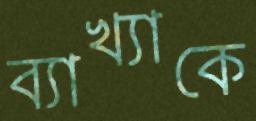
ব্যাখ্যাকে